Mediterranean fever in India - Number 22
Disease focus: Fever
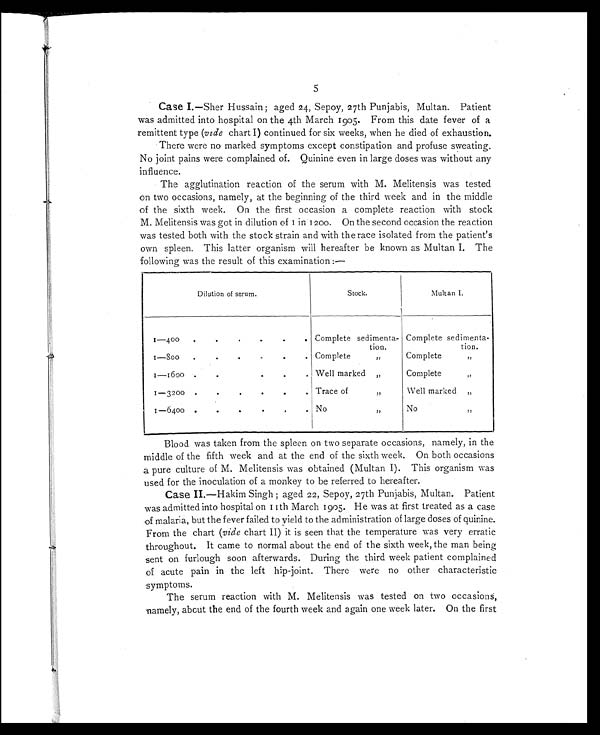
5
Case I.—Sher Hussain; aged 24, Sepoy, 27th Punjabis, Multan. Patient
was admitted into hospital on the 4th March 1905. From this date fever of a
remittent type (vide chart I) continued for six weeks, when he died of exhaustion.
There were no marked symptoms except constipation and profuse sweating.
No joint pains were complained of. Quinine even in large doses was without any
influence.
The agglutination reaction of the serum with M. Melitensis was tested
on two occasions, namely, at the beginning of the third week and in the middle
of the sixth week. On the first occasion a complete reaction with stock
M. Melitensis was got in dilution of 1 in 1200. On the second occasion the reaction
was tested both with the stock strain and with the race isolated from the patient's
own spleen. This latter organism will hereafter be known as Multan I. The
following was the result of this examination:—
Dilution of serum.
Stock.
Multan I.
1 - 4 0 0
, .
.
.
Complete sedimenta-
tion.
Complete sedimenta-
tion.
1—800
..
.
.
-
Complete ,,
Complete ,,
1 — 1 6 0 0
. .
Well marked ,,
Complete ,,
1 — 3 2 o o
. .
.
.
Trace of ,,
Well marked ,,
1—6400 •
.
•
No ,,
No ,,
Blood was taken from the spleen on two separate occasions, namely, in the
middle of the fifth week and at the end of the sixth week. On both occasions
a pure culture of M. Melitensis was obtained (Multan I). This organism was
used for the inoculation of a monkey to be referred to hereafter.
Case II.—Hakim Singh; aged 22, Sepoy, 27th Punjabis, Multan. Patient
was admitted into hospital on 11th March 1905. He was at first treated as a case
of malaria, but the fever failed to yield to the administration of large doses of Quinine.
From the chart (vide chart II) it is seen that the temperature was very erratic
throughout. It came to normal about the end of the sixth week, the man being
sent on furlough soon afterwards. During the third week patient complained
of acute pain in the left hip-joint. There were no other characteristic
symptoms.
The serum reaction with M. Melitensis was tested on two occasions,
namely, about the end of the fourth week and again one week later. On the first